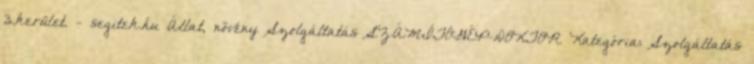
3.kerület. - segitek.hu Állat, növény Szolgáltatás SZÁMÍTÓGÉP-DOKTOR Kategória: Szolgáltatás